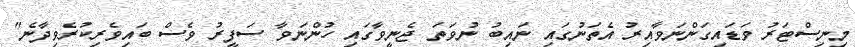
މިނިސްޓަރު ވަޑައިގަންނަވާއިރު އެތަނުގައި ނައިބު ނުވަތަ ޖެނީވާގައި ހުންނަވާ ސަފީރު ވެސް ބައިވެރިކުރެވިދާނެ"